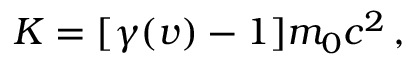
K = [ \gamma ( v ) - 1 ] m _ { 0 } c ^ { 2 } \, ,